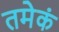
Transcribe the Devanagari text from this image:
तमेकं